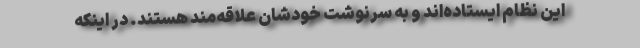
این نظام ایستاده‌اند و به سرنوشت خودشان علاقه‌مند هستند. ‌در اینکه